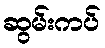
ဆွမ်းကပ်